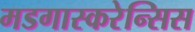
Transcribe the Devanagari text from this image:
मडगास्करेन्सिस